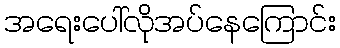
အရေးပေါ်လိုအပ်နေကြောင်း